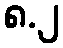
၈.၂